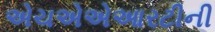
એચએએઆરટીની